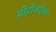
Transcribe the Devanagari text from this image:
मोहोजदेवढे